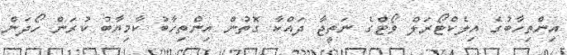
އިންތިހާބުގެ އިލެކްޓޯރަލް ވޯޓްގެ ނަތީޖާ ދައްކާ ގޮތުން އިންތިހާބު ކާމިޔާބު ކުރަން ހޯދަން